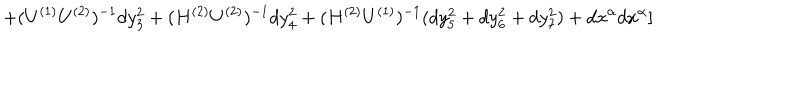
LaTeX: + ( U ^ { ( 1 ) } U ^ { ( 2 ) } ) ^ { - 1 } d y _ { 3 } ^ { 2 } + ( H ^ { ( 2 ) } U ^ { ( 2 ) } ) ^ { - 1 } d y _ { 4 } ^ { 2 } + ( H ^ { ( 2 ) } U ^ { ( 1 ) } ) ^ { - 1 } ( d y _ { 5 } ^ { 2 } + d y _ { 6 } ^ { 2 } + d y _ { 7 } ^ { 2 } ) + d x ^ { \alpha } d x ^ { \alpha } ]